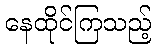
နေထိုင်ကြသည့်